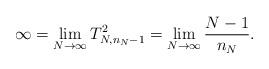
LaTeX: \begin{align*}\infty=\lim_{N \to \infty} T_{N,n_N-1}^2=\lim_{N \to \infty}\frac{N-1}{n_N}.\end{align*}